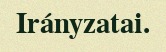
Irányzatai.